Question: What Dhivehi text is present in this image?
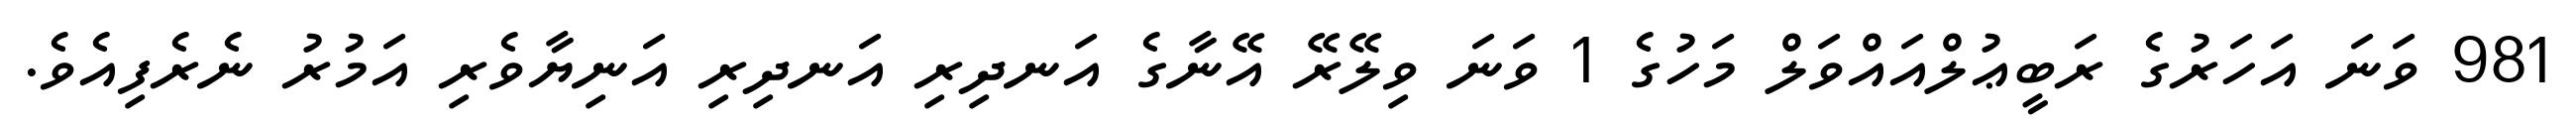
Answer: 981 ވަނަ އަހަރުގެ ރަބީޢުލްއައްވަލް މަހުގެ 1 ވަނަ ވިލޭރޭ އޭނާގެ އަނދިރި އަނދިރި އަނިޔާވެރި އަމުރު ނެރެފިއެވެ.